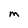
Character: M